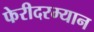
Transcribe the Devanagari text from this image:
फेरीदरम्यान